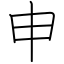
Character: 申